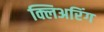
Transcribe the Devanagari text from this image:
क्लिअरिंग